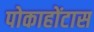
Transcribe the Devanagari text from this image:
पोकाहोंटास